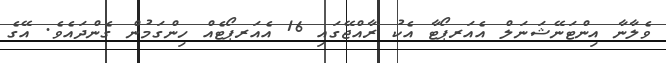
ވެލާނާ އިންޓަނޭޝަނަލް އެއަރޕޯޓާ އެކު ރާއްޖޭގައި 16 އެއަރޕޯޓެއް ހިންގަމުން ގެންދައެވެ. އޭގެ